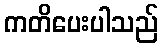
ကတိပေးပါသည်